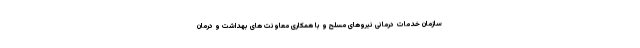
سازمان خدمات درمانی نیروهای مسلح و با همکاری معاونت های بهداشت و درمان